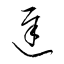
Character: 遲